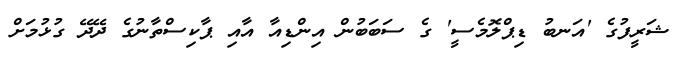
ޝަރީފުގެ 'އަނބު ޑިޕްލޮމެސީ' ގެ ސަބަބުން އިންޑިއާ އާއި ޕާކިސްތާނުގެ ދޭދޭ ގުޅުމަށް